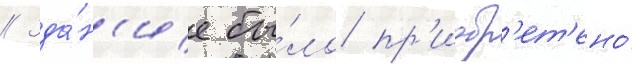
// Зда́н'ие бы́ло пр'иобр'ет'ено́